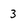
Character: 3